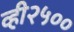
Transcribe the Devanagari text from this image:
व्ही२५००